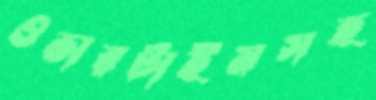
ওভারটাইমসহ